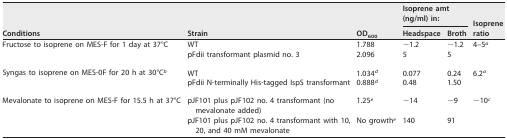
<table><thead><tr><td rowspan="2"><b>Conditions</b></td><td rowspan="2"><b>Strain</b></td><td rowspan="2"><b>OD<sub>600</sub></b></td><td colspan="2"><b>Isoprene amt (ng/ml) in:</b></td><td rowspan="2"><b>Isoprene ratio</b></td></tr><tr><td><b>Headspace</b></td><td><b>Broth</b></td></tr></thead><tbody><tr><td rowspan="2">Fructose to isoprene on MES-F for 1 day at 37°C</td><td>WT</td><td>1.788</td><td>∼1.2</td><td>∼1.2</td><td rowspan="2">4–5<sup><i>a</i></sup></td></tr><tr><td>pFdii transformant plasmid no. 3</td><td>2.096</td><td>5</td><td>5</td></tr><tr><td rowspan="2">Syngas to isoprene on MES-0F for 20 h at 30°C<sup><i>b</i></sup></td><td>WT</td><td>1.034<sup><i>d</i></sup></td><td>0.077</td><td>0.24</td><td rowspan="2">6.2<sup><i>a</i></sup></td></tr><tr><td>pFdii N-terminally His-tagged IspS transformant</td><td>0.888<sup><i>d</i></sup></td><td>0.48</td><td>1.50</td></tr><tr><td rowspan="2">Mevalonate to isoprene on MES-F for 15.5 h at 37°C</td><td>pJF101 plus pJF102 no. 4 transformant (no mevalonate added)</td><td>1.25<sup><i>e</i></sup></td><td>∼14</td><td>∼9</td><td rowspan="2">∼10<sup><i>c</i></sup></td></tr><tr><td>pJF101 plus pJF102 no. 4 transformant with 10, 20, and 40 mM mevalonate</td><td>No growth<sup><i>e</i></sup></td><td>140</td><td>91</td></tr></tbody></table>